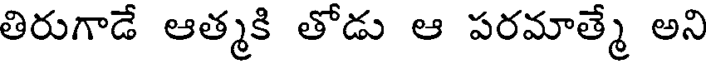
తిరుగాడే ఆత్మకి తోడు ఆ పరమాత్మే అని